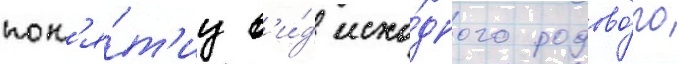
пон'я́т'иу в'и́д исхо́дного родово́го